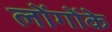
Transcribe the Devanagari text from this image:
लोंगोंके